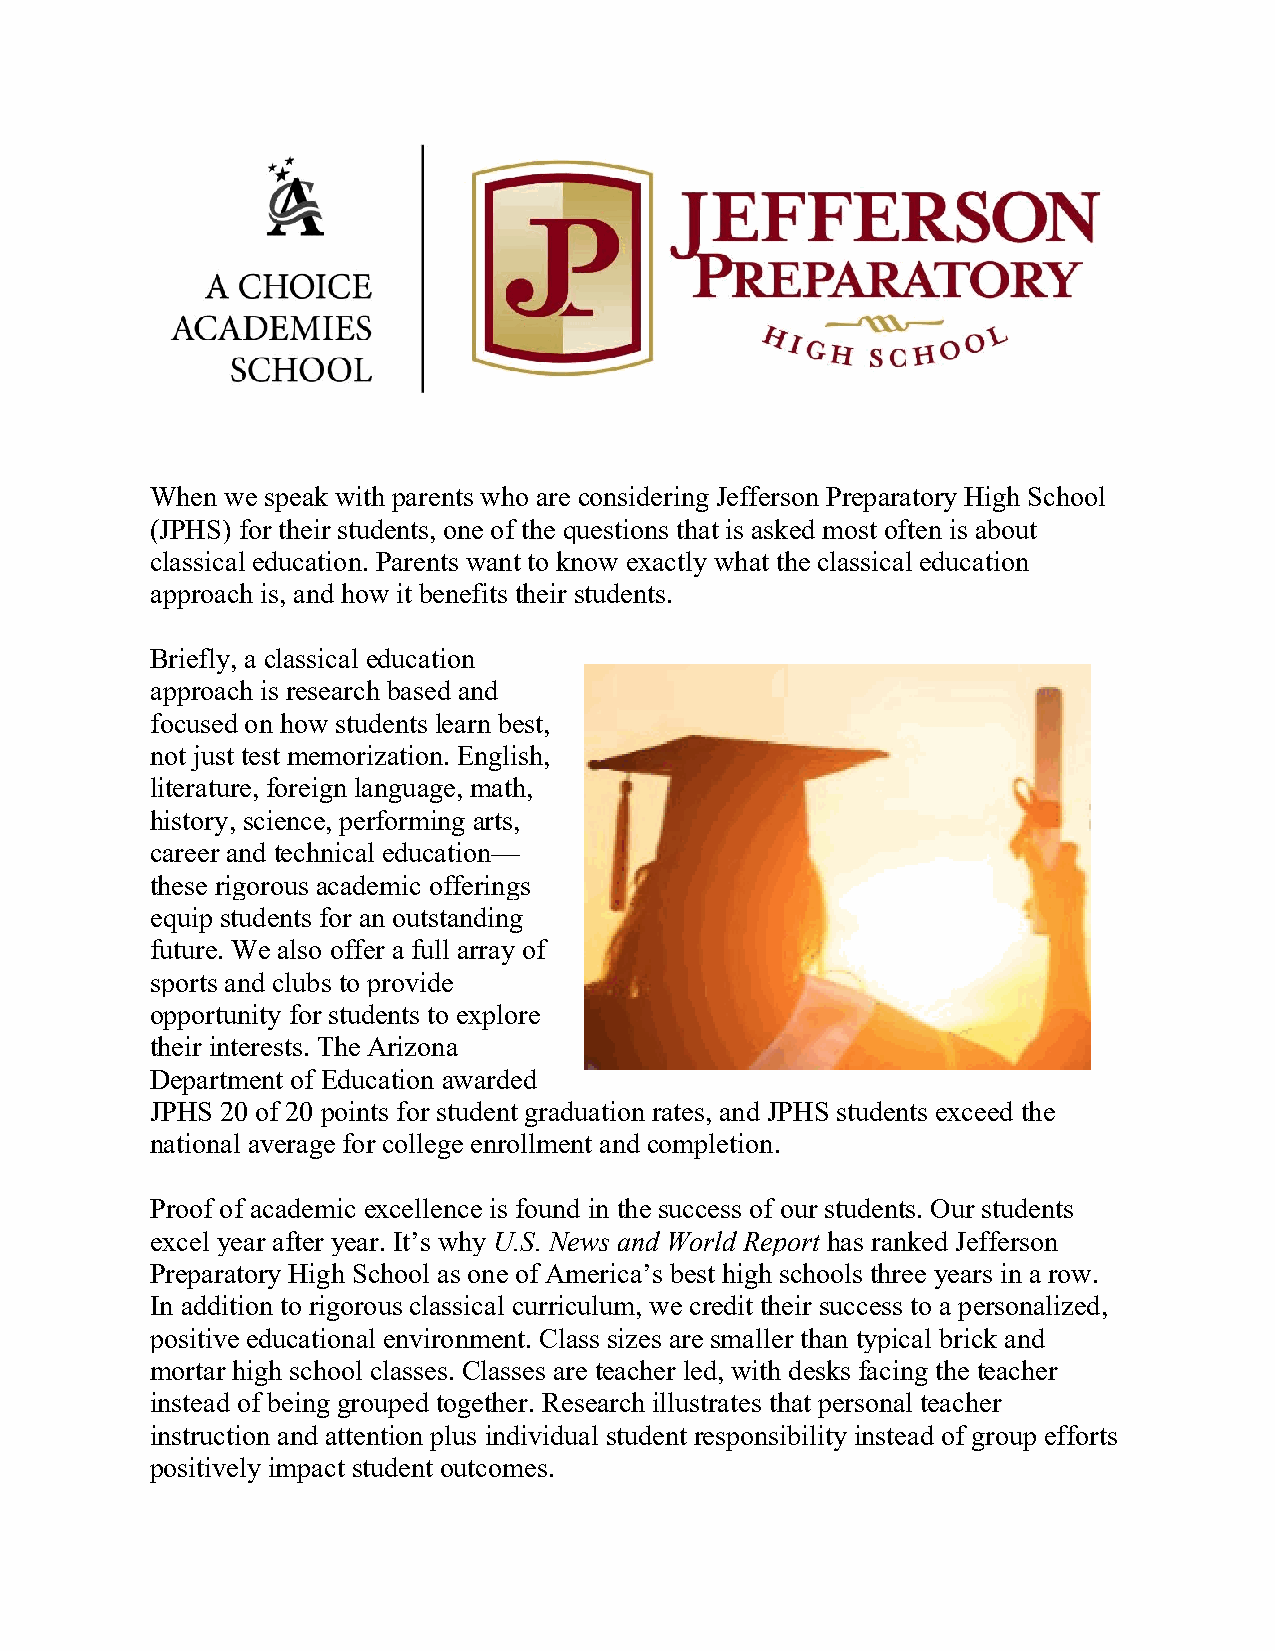
When we speak with parents who are considering Jefferson Preparatory High School
 (JPHS) for their students, one of the questions that is asked most often is about
 classical education. Parents want to know exactly what the classical education
 approach is, and how it benefits their students.
 Briefly, a classical education
 approach is research based and
 focused on how students learn best,
 not just test memorization. English,
 literature, foreign language, math,
 history, science, performing arts,
 career and technical education—
 these rigorous academic offerings
 equip students for an outstanding
 future. We also offer a full array of
 sports and clubs to provide
 opportunity for students to explore
 their interests. The Arizona
 Department of Education awarded
 JPHS 20 of 20 points for student graduation rates, and JPHS students exceed the
 national average for college enrollment and completion.
 Proof of academic excellence is found in the success of our students. Our students
 excel year after year. It’s why U.S. News and World Report has ranked Jefferson
 Preparatory High School as one of America’s best high schools three years in a row.
 In addition to rigorous classical curriculum, we credit their success to a personalized,
 positive educational environment. Class sizes are smaller than typical brick and
 mortar high school classes. Classes are teacher led, with desks facing the teacher
 instead of being grouped together. Research illustrates that personal teacher
 instruction and attention plus individual student responsibility instead of group efforts
 positively impact student outcomes.